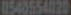
11548554020